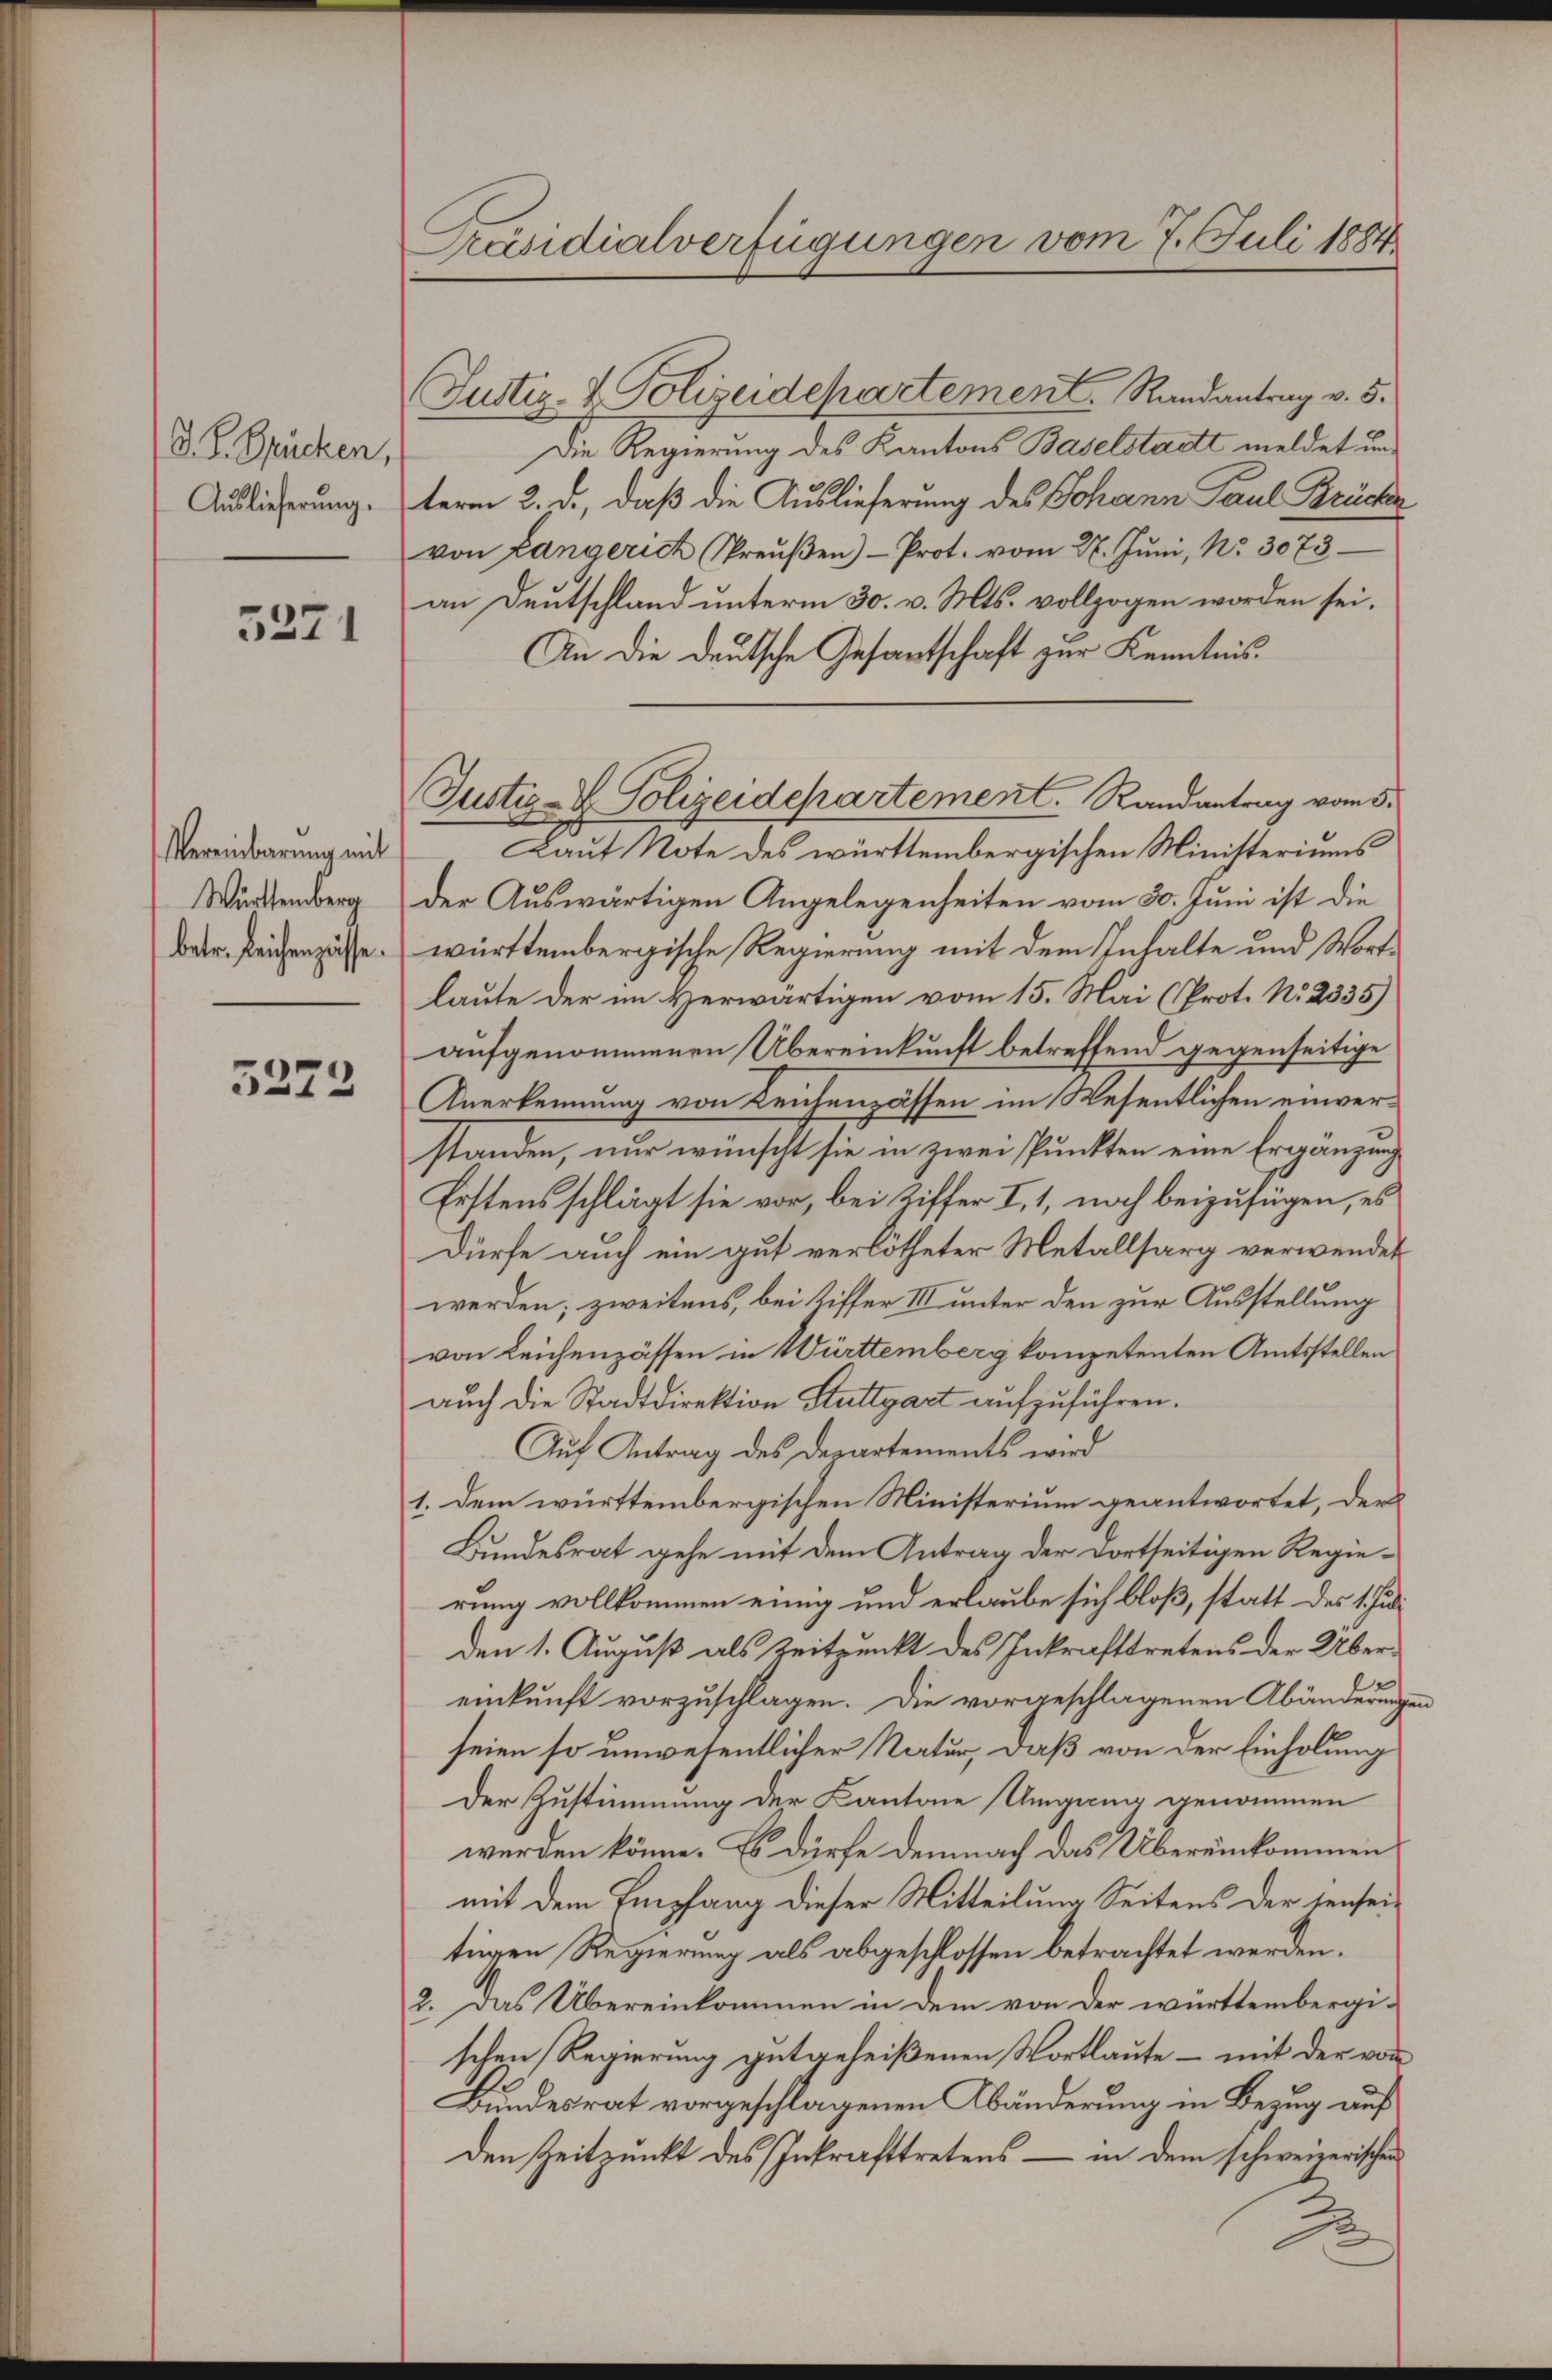
D. P. Spücken,
Auslieferung.

5371

Vereinbarung mit
Württemberg
betr. Leichengüsse.

5373

Präsidialverfügungen vom 7. Juli 1884

Justiz- & Polizeidepartement Randantrag v. 5.
Die Regierung des Kantons Baselstadt meldet unterm 2. d., daß die Auslieferung des Johann Paul Brücken
von Langerich Preŭβen)- Prot. vom 27. Jŭni, No. 3073
an Deutschland unterm 30. v. Mts. vollzogen worden sei.
An die deutsche Gesantschaft zur Kenntnis.
Laut Note des württembergischen Ministeriums
der Auswärtigen Angelegenheiten vom 30. Juni ist die
württembergische Regierung mit dem Inhalte und Wortlaute der im Herwärtigen vom 15. Mai (Prot. No. 2335)
aufgenommenen Übereinkunft betreffend gegenseitige
Anerkennung von Leichenpassen im Wesentlichen einverstanden, nur wünscht sie in zwei Punkten eine Ergänzung
Erstens schlägt sie vor, bei Ziffer I, 1, noch beizufügen, es
dürfe auch ein gut verlötheter Metallsorg verwendet
werden; zweitens, bei Riffer III unter den zur Ausstellung
von Leichenzässen in Württemberg kompetenten Amtsstellen
auch die Stadtdirektion Stuttgart aufzuführen.
Auf Antrag des Departements wird
1. Dem württembergischen Ministerium geantwortet, der
Bundesrat gehe mit dem Antrag der dortseitigen Regierung vollkommen einig und erlaube sich bloß, statt des 1. Juli
den 1. August als Zeitpunkt des Inkrafttretens der Übereinkunft vorzuschlagen. Die vorgeschlagenen Abänderung
seien so unwesentlicher Natur, daß von der Einholung
Der Zustimmung der Kantone Umgang genommen
werden könne. Es dürfe demnach das Übereinkommen
mit dem Empfang dieser Mitteilung Seitens der senseitiigen Regierung als abgeschlossen betrachtet werden.
2. Das Übereinkommen in dem von der württembergi-
schen Regierung gutgeheißenen Wortlaute – mit der von
Bundesrat vorgeschlagenen Abänderung in Bezug auf
den Zeitpunkt des Inkrafttretens – in dem schweizerischen
2

Justiz- & Polizeidepartement. Randantrag vom 5.